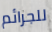
للجرائم